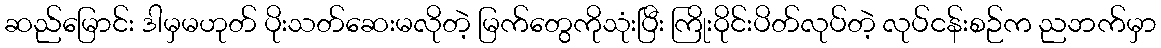
ဆည်မြောင်း ဒါမှမဟုတ် ပိုးသတ်ဆေးမလိုတဲ့ မြက်တွေကိုသုံးပြီး ကြိုးဝိုင်းပိတ်လုပ်တဲ့ လုပ်ငန်းစဉ်က ညဘက်မှာ